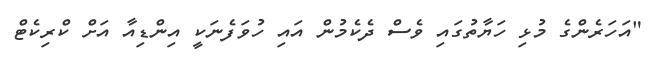
"އަހަރެންގެ މުޅި ހަޔާތުގައި ވެސް ދެކެމުން އައި ހުވަފެނަކީ އިންޑިއާ އަށް ކްރިކެޓް